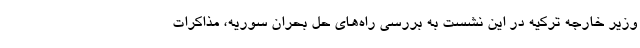
وزیر خارجه ترکیه در این نشست به بررسی راه‌های حل بحران سوریه، مذاکرات